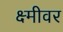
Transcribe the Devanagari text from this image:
क्ष्मीवर